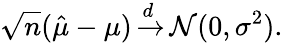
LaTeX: {\sqrt{n}}({\hat{\mu}}-\mu)\, {\xrightarrow{d}}\, {\mathcal{N}}(0,\sigma^{2}).